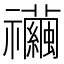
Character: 𥜲